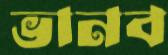
ভানব